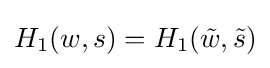
H_{1}(w,s)=H_{1}({\tilde {w}},{\tilde {s}})